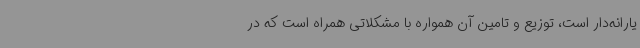
یارانه‌دار است، توزیع و تامین آن همواره با مشکلاتی همراه است که در